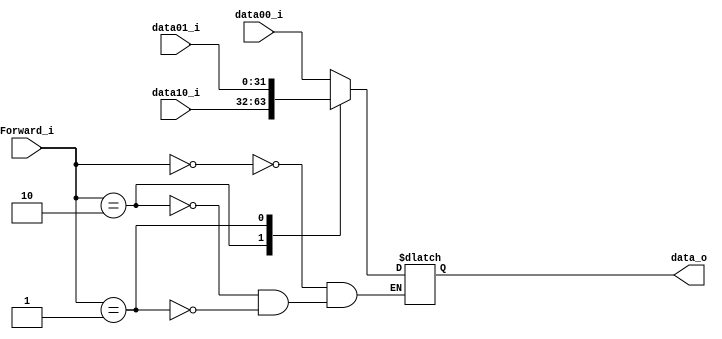
module MUX_Forwarding
(
    data00_i,
    data01_i,
    data10_i,
    Forward_i,
    data_o 
);

`define ID_EX 2'b00
`define EX_MEM 2'b10
`define MEM_WB 2'b01

input   [31:0]      data00_i , data01_i , data10_i;
input   [ 1:0]      Forward_i;
output  [31:0]      data_o;

reg     [31:0]      data_o;

always @(*) begin
    case (Forward_i)
        `ID_EX:   data_o = data00_i;
        `EX_MEM:  data_o = data10_i;
        `MEM_WB:  data_o = data01_i;
    endcase
end

endmodule